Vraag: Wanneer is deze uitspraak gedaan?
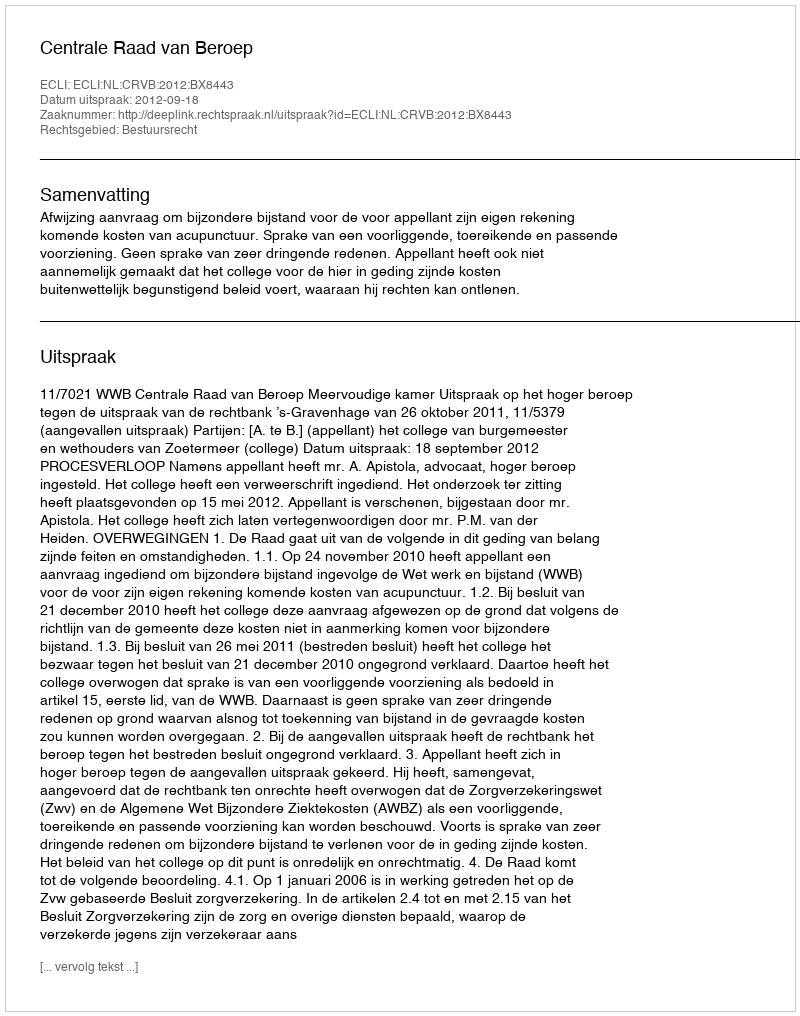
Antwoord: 2012-09-18